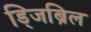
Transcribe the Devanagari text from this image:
ड्जिब्रिल